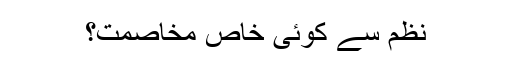
نظم سے کوئی خاص مخاصمت؟